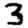
Digit: 3